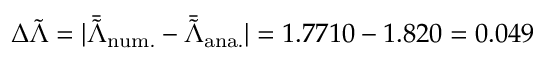
\Delta \tilde { \Lambda } = | \bar { \tilde { \Lambda } } _ { \mathrm { n u m . } } - \bar { \tilde { \Lambda } } _ { \mathrm { a n a . } } | = 1 . 7 7 1 0 - 1 . 8 2 0 = 0 . 0 4 9